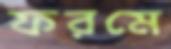
ফরমে